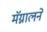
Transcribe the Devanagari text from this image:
मॅग्नालने